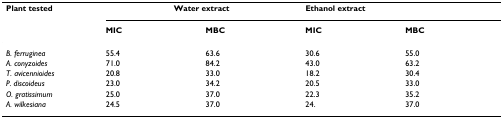
| Plant tested | <COLSPAN=2> Water extract | <COLSPAN=2> Ethanol extract |
 |  | MIC | MBC | MIC | MBC |
 | --- | --- | --- | --- | --- |
 | B. ferruginea | 55.4 | 63.6 | 30.6 | 55.0 |
 | A. conyzoides | 71.0 | 84.2 | 43.0 | 63.2 |
 | T. avicennioides | 20.8 | 33.0 | 18.2 | 30.4 |
 | P. discoideus | 23.0 | 34.2 | 20.5 | 33.0 |
 | O. gratissimum | 25.0 | 37.0 | 22.3 | 35.2 |
 | A. wilkesiana | 24.5 | 37.0 | 24. | 37.0 |